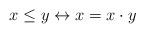
LaTeX: \begin{align*}x\leq y\leftrightarrow x=x\cdot y \end{align*}